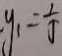
y _ { 1 } = \frac { 1 } { 5 }